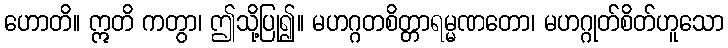
ဟောတိ။ ဣတိ ကတွာ၊ ဤသို့ပြု၍။ မဟဂ္ဂတစိတ္တာရမ္မဏတော၊ မဟဂ္ဂုတ်စိတ်ဟူသော